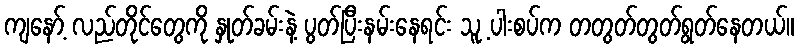
ကျနော့် လည်တိုင်တွေကို နှုတ်ခမ်းနဲ့ ပွတ်ပြီးနမ်းနေရင်း သူ့ ပါးစပ်က တတွတ်တွတ်ရွတ်နေတယ်။